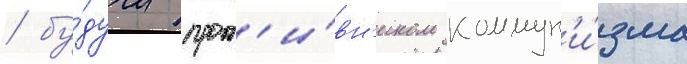
/ бу́дучи прот'и́вн'иком коммун'и́зма